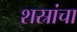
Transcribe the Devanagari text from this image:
शस्रांचा